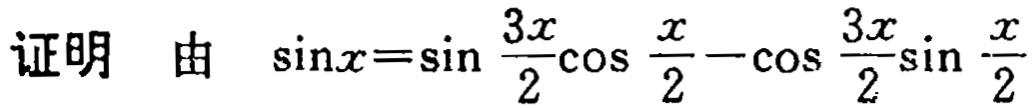
证明 由 \(\sin x = \sin\frac{3x}{2}\cos\frac{x}{2} - \cos\frac{3x}{2}\sin\frac{x}{2}\)